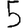
Digit: 5